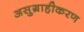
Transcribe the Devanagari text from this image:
असुग्राहीकरण